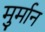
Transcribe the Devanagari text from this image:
मुर्मान